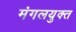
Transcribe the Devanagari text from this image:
मंगलयुक्त